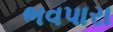
ભવપારા